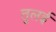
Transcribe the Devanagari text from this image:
तुलई